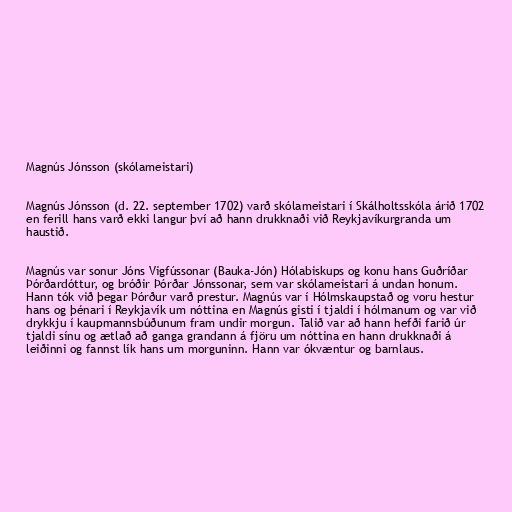
Magnús Jónsson (skólameistari)

Magnús Jónsson (d. 22. september 1702) varð skólameistari í Skálholtsskóla árið 1702
en ferill hans varð ekki langur því að hann drukknaði við Reykjavíkurgranda um
haustið.

Magnús var sonur Jóns Vigfússonar (Bauka-Jón) Hólabiskups og konu hans Guðríðar
Þórðardóttur, og bróðir Þórðar Jónssonar, sem var skólameistari á undan honum.
Hann tók við þegar Þórður varð prestur. Magnús var í Hólmskaupstað og voru hestur
hans og þénari í Reykjavík um nóttina en Magnús gisti í tjaldi í hólmanum og var við
drykkju í kaupmannsbúðunum fram undir morgun. Talið var að hann hefði farið úr
tjaldi sínu og ætlað að ganga grandann á fjöru um nóttina en hann drukknaði á
leiðinni og fannst lík hans um morguninn. Hann var ókvæntur og barnlaus.